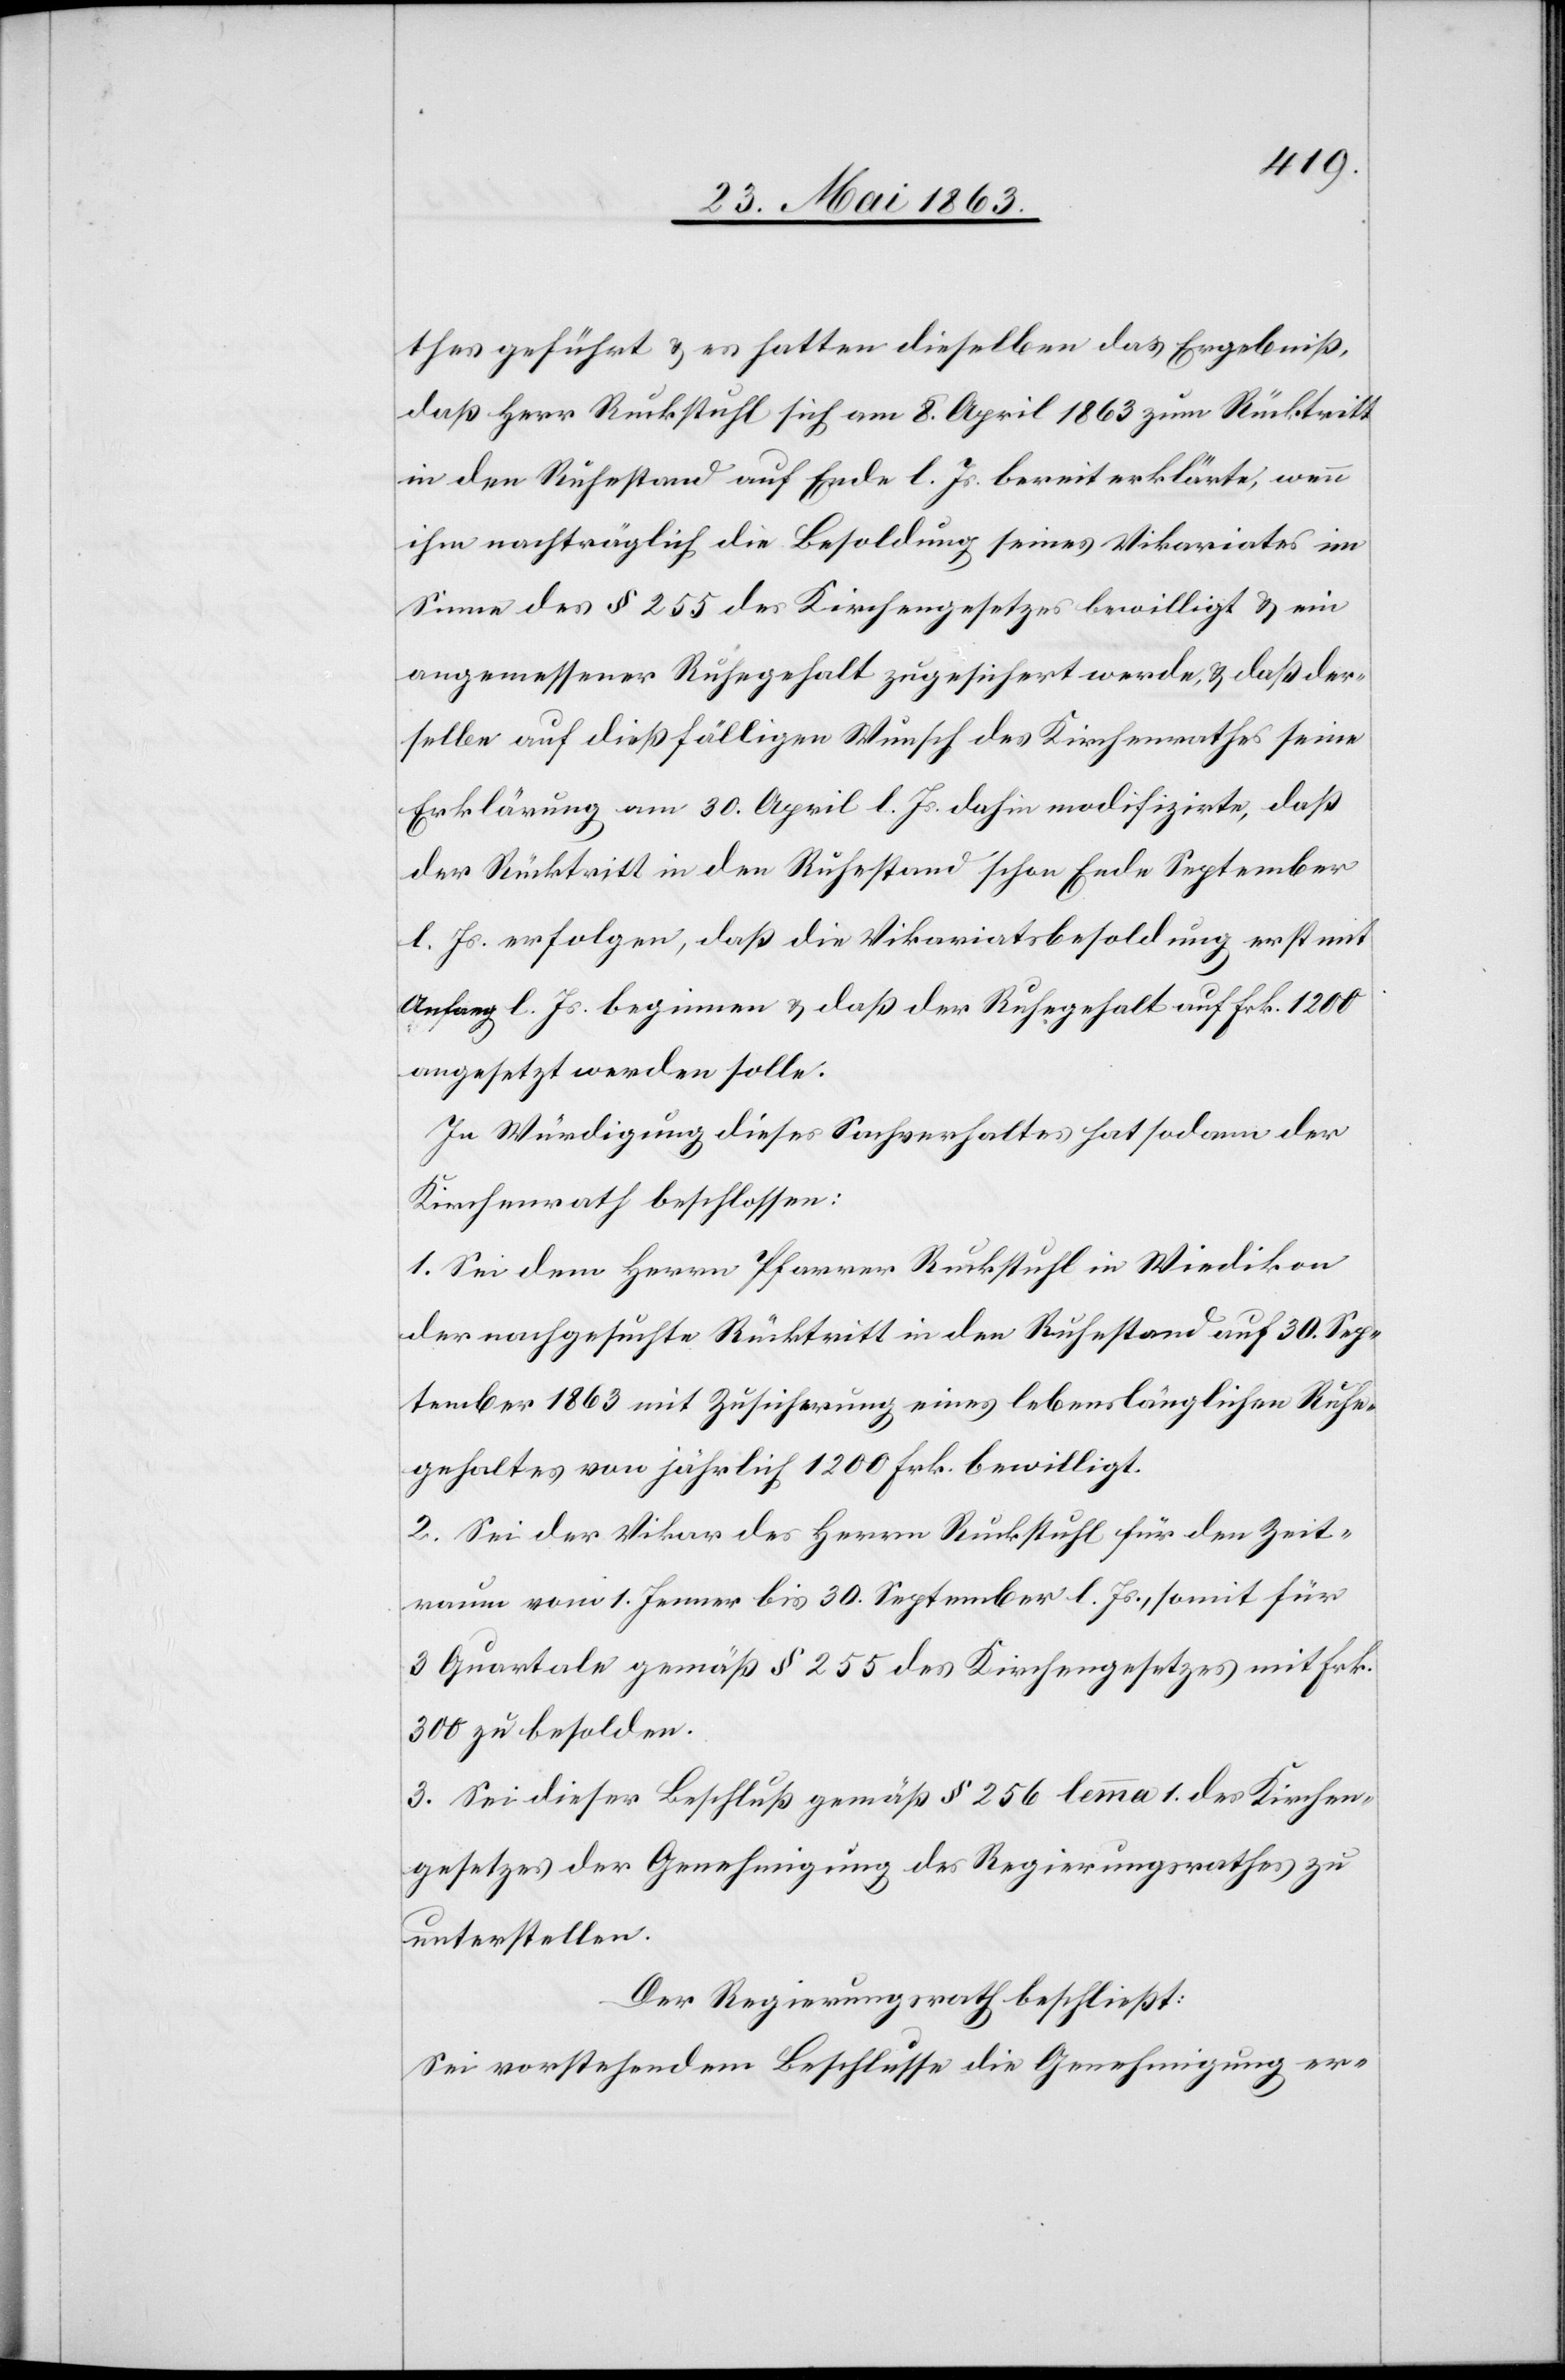
thes geführt & es hatten dieselben das Ergebniß,
daß Herr Ruckstuhl sich am 8. April 1863 zum Rücktritt
in den Ruhestand auf Ende l. Js. bereit erklärte, wenn
ihm nachträglich die Besoldung seines Vikariates im
Sinne des § 255 des Kirchengesetzes bewilligt & ein
angemessener Ruhegehalt zugesichert werde, & daß der¬
selbe auf dießfälligen Wunsch des Kirchenrathes seine
Erklärung am 30. April l. Js. dahin modifizirte, daß
der Rücktritt in den Ruhestand schon Ende September
l. Js. erfolgen, daß die Vikariatsbesoldung erst mit
Anfang l. Js. beginnen & daß der Ruhegehalt auf Frk. 1200
angesetzt werden solle.
In Würdigung dieses Sachverhaltes hat sodann der
Kirchenrath beschlossen:
1. Sei dem Herrn Pfarrer Ruckstuhl in Wiedikon
der nachgesuchte Rücktritt in den Ruhestand auf 30. Sep¬
tember 1863 mit Zusicherung eines lebenslänglichen Ruhe¬
gehaltes von jährlich 1200 Frk. bewilligt.
2. Sei der Vikar des Herrn Ruckstuhl für den Zeit¬
raum vom 1. Jenner bis 30. September l. Js., somit für
3 Quartale gemäß § 255 des Kirchengesetzes mit Frk.
300 zu besolden.
3. Sei dieser Beschluß gemäß § 256 lemma 1. des Kirchen¬
gesetzes der Genehmigung des Regierungsrathes zu
unterstellen.
Der Regierungsrath beschließt:
Sei vorstehendem Beschlusse die Genehmigung er-